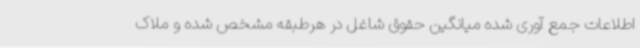
اطلاعات جمع آوری شده میانگین حقوق شاغل در هرطبقه مشخص شده و ملاک